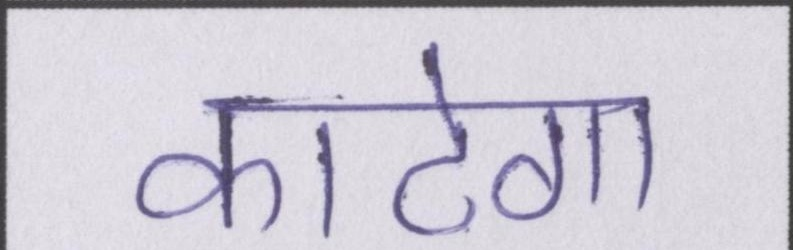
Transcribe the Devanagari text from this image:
काटेगा